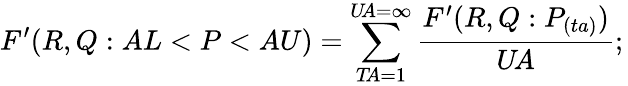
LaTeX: F^{\prime}(R,Q:AL<P<AU)=\sum_{T\! A=1}^{U\! A=\infty}{\frac{F^{\prime}(R,Q:P_{(ta)})}{U\! A}};\,